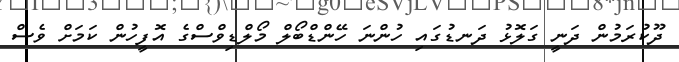
ދޫކުރަމުން ދަނީ ގަލޮޅު ދަނޑުގައި ހުންނަ ހޭންޑްބޯލް މޯލްޑިވްސްގެ އޮފީހުން ކަމަށް ވެސް